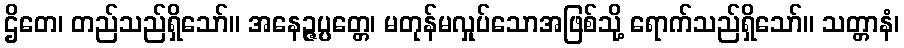
ဌိတေ၊ တည်သည်ရှိသော်။ အနေဉ္ဇပ္ပတ္တေ၊ မတုန်မလှုပ်သောအဖြစ်သို့ ရောက်သည်ရှိသော်။ သတ္တာနံ၊